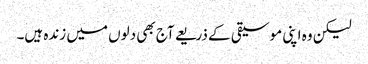
لیکن وہ اپنی موسیقی کے ذریعے آج بھی دلوں میں زندہ ہیں۔